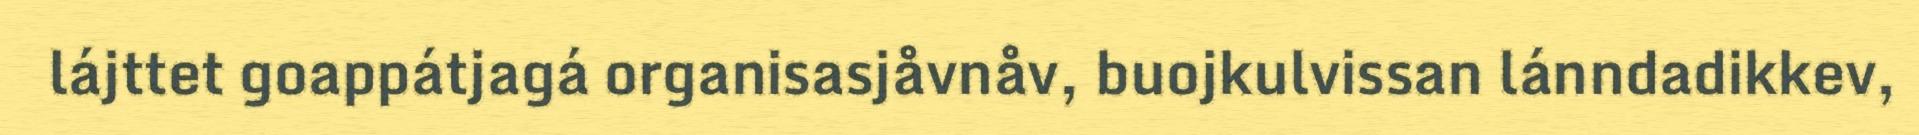
lájttet goappátjagá organisasjåvnåv, buojkulvissan lánndadikkev,